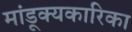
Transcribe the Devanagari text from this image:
मांडूक्यकारिका